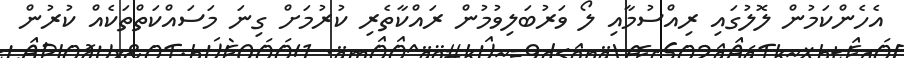
އެހެންކަމުން ލޮލުގައި ރިއްސުމާއި ލޯ ވަރުބަލިވުމުން ރައްކާތެރި ކުރުމަށް ގިނަ މަސައްކަތްތަކެއް ކުރުން